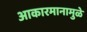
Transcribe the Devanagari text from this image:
आकारमानामुळे